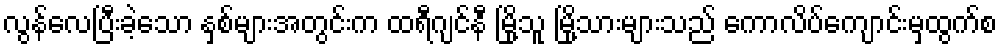
လွန်လေပြီးခဲ့သော နှစ်များအတွင်းက ထရီဂျင်နီ မြို့သူ မြို့သားများသည် ကောလိပ်ကျောင်းမှထွက်စ